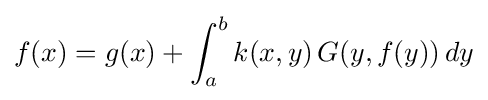
f(x)=g(x)+\int _{a}^{b}k(x,y)\,G(y,f(y))\,dy